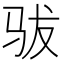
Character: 𱅄